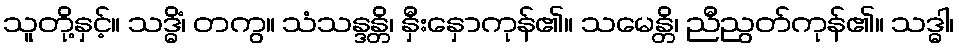
သူတို့နှင့်။ သဒ္ဓိံ၊ တကွ။ သံသန္ဒန္တိ၊ နှီးနှောကုန်၏။ သမေန္တိ၊ ညီညွတ်ကုန်၏။ သဒ္ဓါ၊